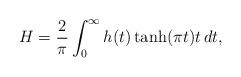
LaTeX: \begin{align*}H = \frac{2}{\pi} \int_0^\infty h(t) \tanh(\pi t) t \, d t,\end{align*}